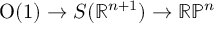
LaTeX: { \mathrm { O } } ( 1 ) \to S ( \mathbb { R } ^ { n + 1 } ) \to \mathbb { R P } ^ { n }